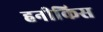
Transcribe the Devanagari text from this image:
हनीकिस